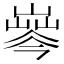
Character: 𡼘